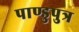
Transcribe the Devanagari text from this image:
पाण्डुपुत्र